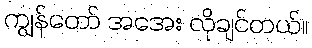
ကျွန်တော် အအေး လိုချင်တယ်။